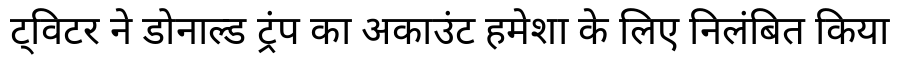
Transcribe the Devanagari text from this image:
ट्विटर ने डोनाल्ड ट्रंप का अकाउंट हमेशा के लिए निलंबित किया